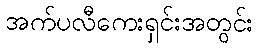
အက်ပလီကေးရှင်းအတွင်း